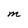
Character: M